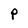
Character: p